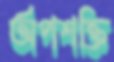
অপশক্তি